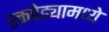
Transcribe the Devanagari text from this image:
रक्तपेढ्यामध्ये